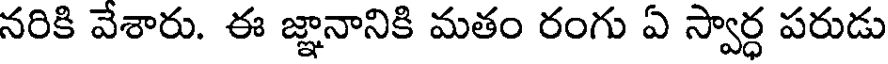
నరికి వేశారు. ఈ జ్ఞానానికి మతం రంగు ఏ స్వార్ధ పరుడు